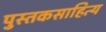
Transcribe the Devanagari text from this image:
पुस्तकसाहित्य